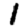
Digit: 1